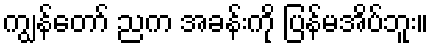
ကျွန်တော် ညက အခန်းကို ပြန်မအိပ်ဘူး။